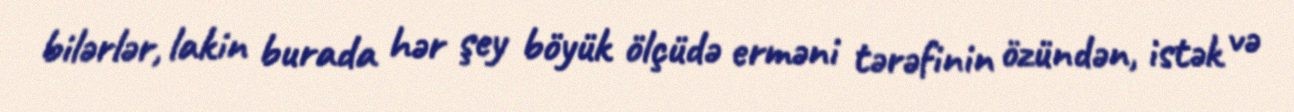
bilərlər, lakin burada hər şey böyük ölçüdə erməni tərəfinin özündən, istək və